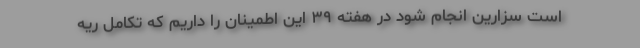
است سزارین انجام شود در هفته ۳۹ این اطمینان را داریم که تکامل ریه